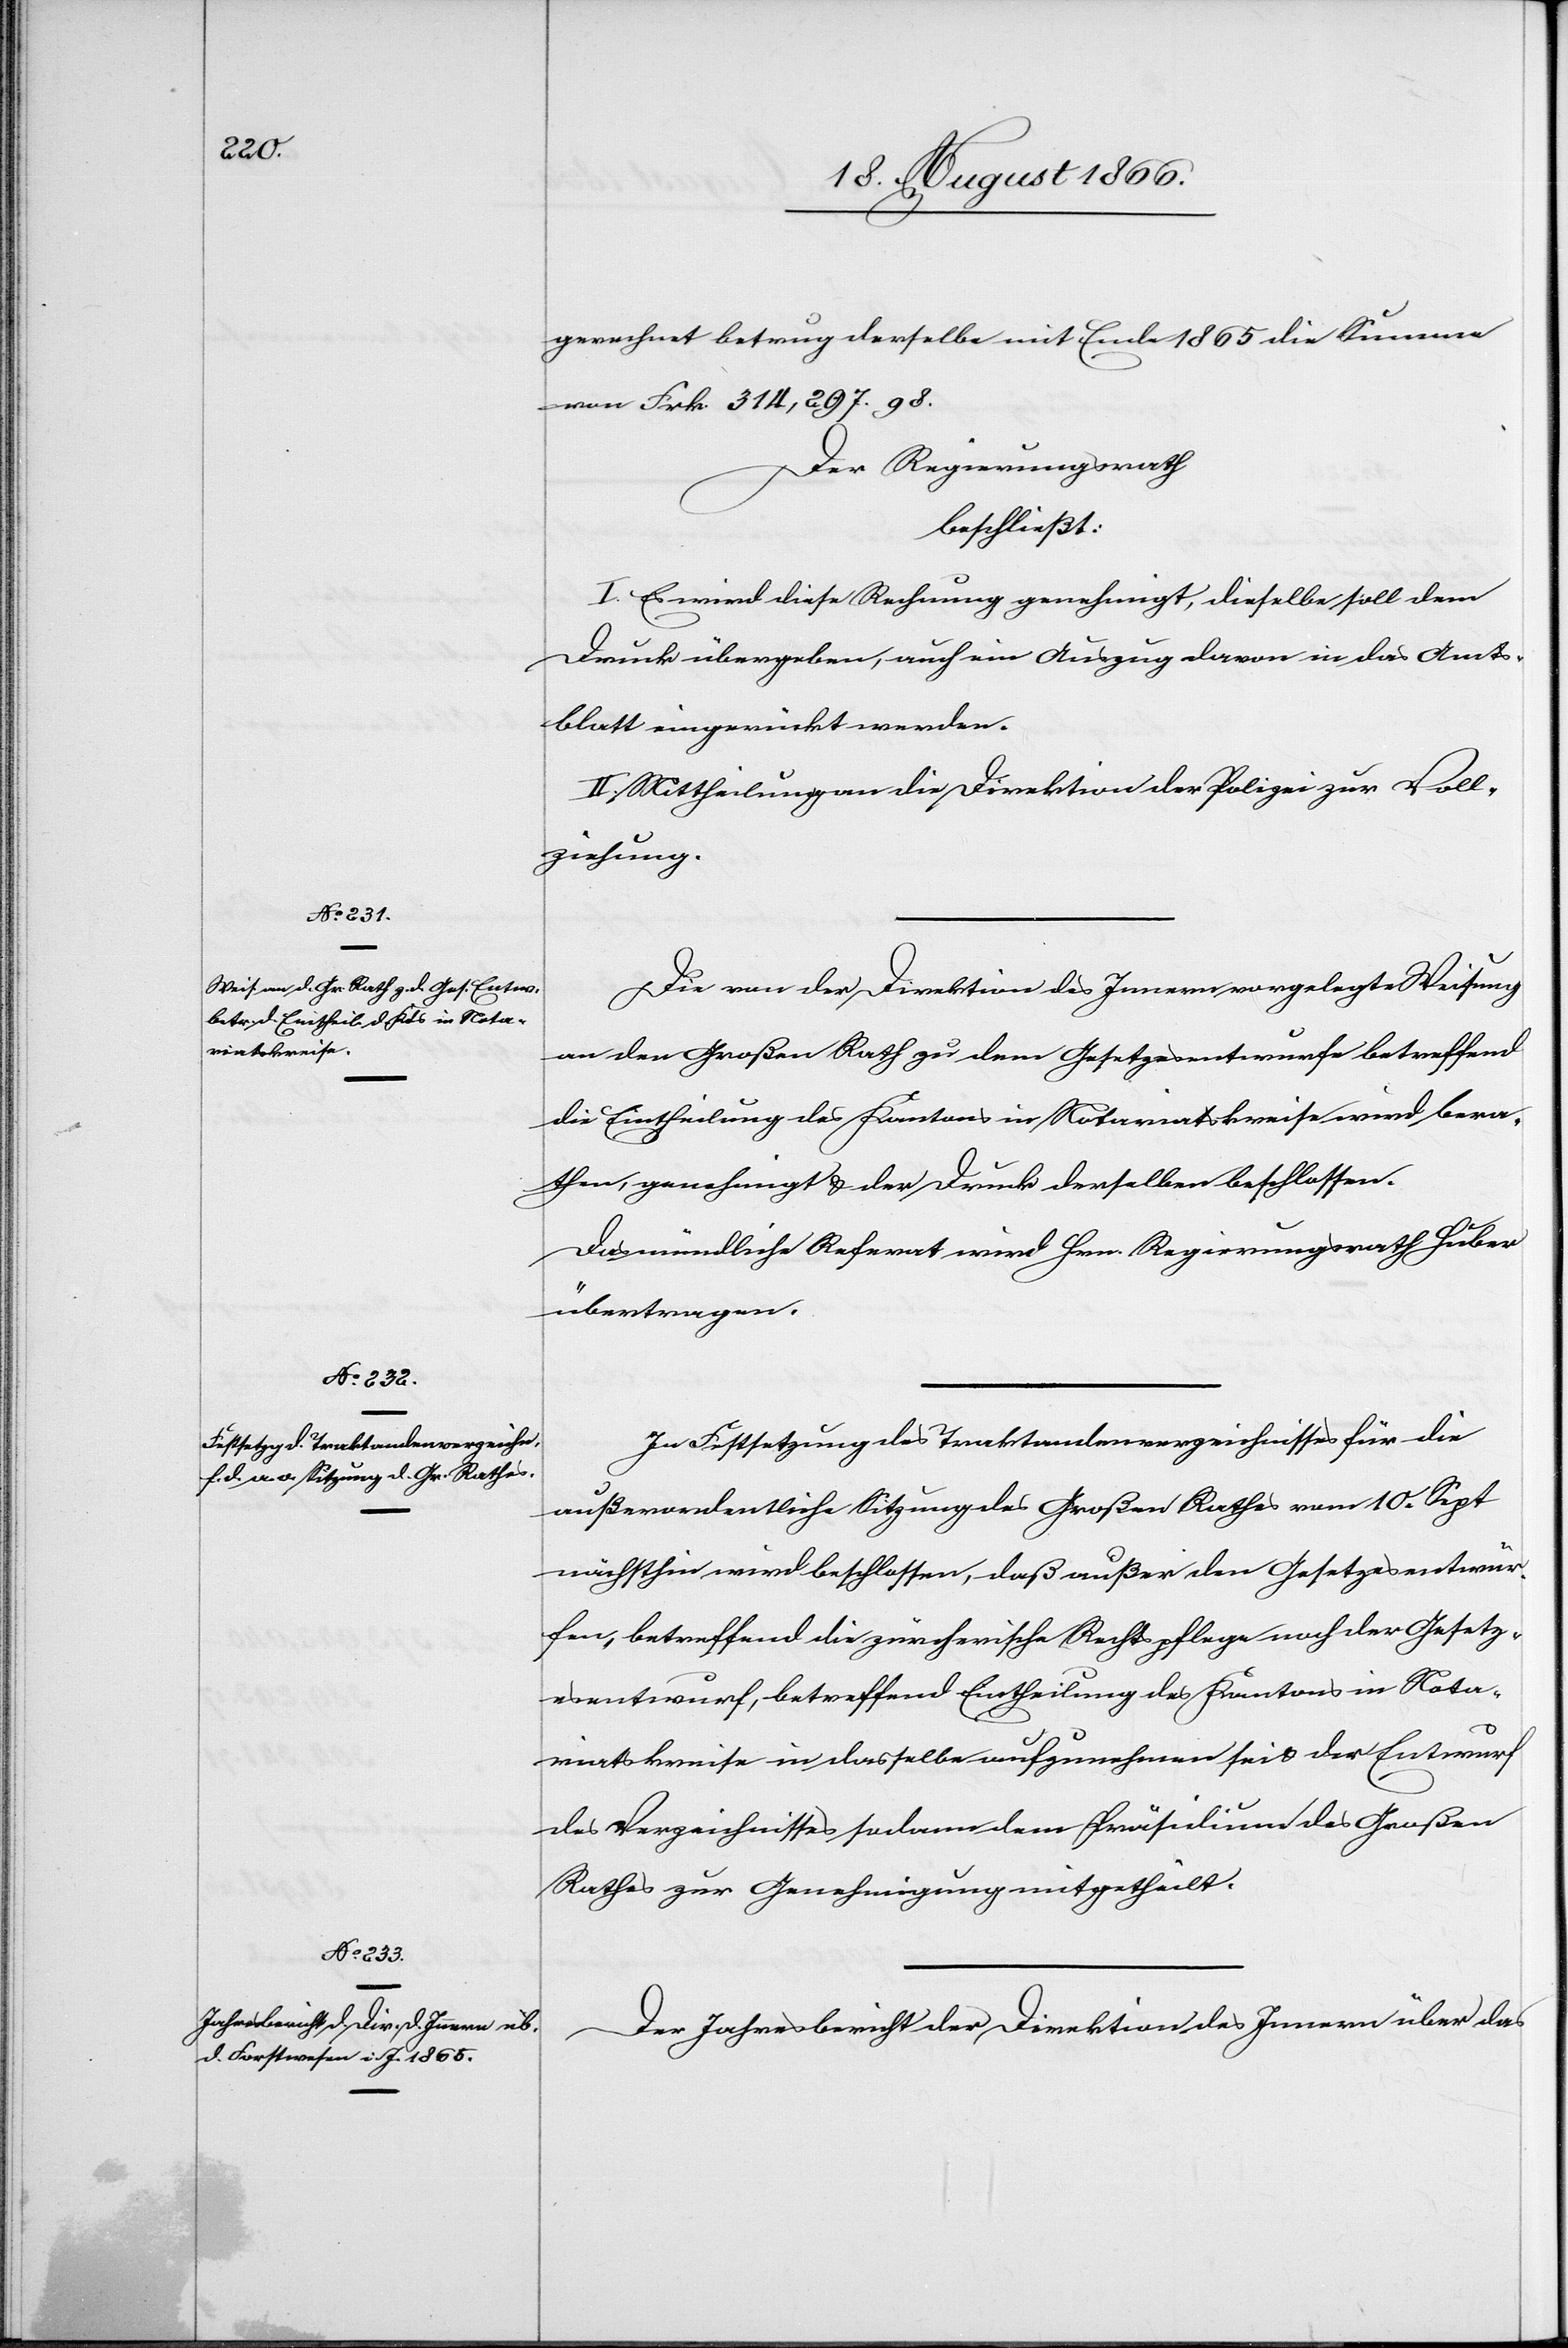
gerechnet betrug derselbe mit Ende 1865 die Summe
von Frk. 314 297.98.
Der Regierungsrath,
beschließt:
I. Es wird die Rechnung genehmigt, dieselbe soll dem
Druck übergeben, auch ein Auszug davon in das Amts¬
blatt eingerückt werden.
II. Mittheilung an die Direktion der Polizei zur Voll¬
ziehung.
Die von der Direktion des Innern vorgelegte Weisung
an den Großen Rath zu dem Gesetzesentwurfe betreffend
die Eintheilung des Kantons in Notariatskreise wird bera¬
then, genehmigt u. der Druck derselben beschlossen.
Das mündliche Referat wird Herr Regierungsrath Huber
übertragen.
In Festsetzung des Traktandenverzeichnisses für die
außerordentliche Sitzung des Großen Rathes vom 10. Sept.
nächsthin wird beschlossen, daß außer den Gesetzesentwür¬
fen, betreffend die zürcherische Rechtspflege noch der Gesetz¬
esentwurf, betreffend Eintheilung des Kantons in Nota¬
riatskreise in dasselbe aufzunehmen sei u. der Entwurf
des Verzeichnisses sodann dem Präsidium des Großen
Rathes zur Genehmig mitgetheilt.
Der Jahresbericht der Direktion des Innern über das